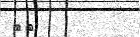
٣٢